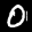
Label: 0